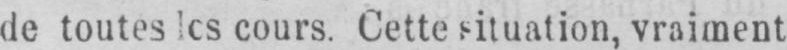
de toutesles cours. Cette situation, vraiment